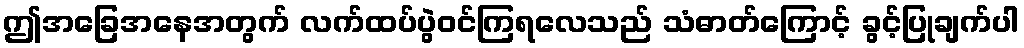
ဤအခြေအနေအတွက် လက်ထပ်ပွဲဝင်ကြရလေသည် သံဓာတ်ကြောင့် ခွင့်ပြုချက်ပါ